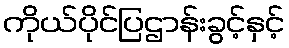
ကိုယ်ပိုင်ပြဌာန်းခွင့်နှင့်